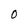
Character: O